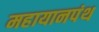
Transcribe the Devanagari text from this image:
महायानपंथ